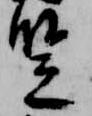
豎